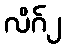
လိဂ်၂